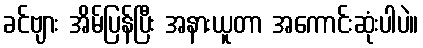
ခင်ဗျား အိမ်ပြန်ပြီး အနားယူတာ အကောင်းဆုံးပါပဲ။